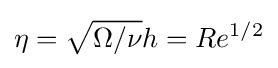
\eta ={\sqrt {\Omega /\nu }}h=Re^{1/2}